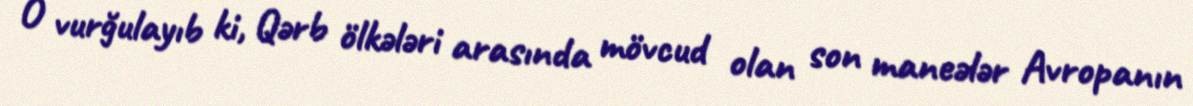
O vurğulayıb ki, Qərb ölkələri arasında mövcud olan son maneələr Avropanın